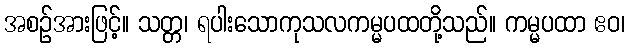
အစဉ်အားဖြင့်။ သတ္တ၊ ရပါးသောကုသလကမ္မပထတို့သည်။ ကမ္မပထာ ဧဝ၊